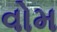
વોમ